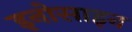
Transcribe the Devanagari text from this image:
इनोसाइन